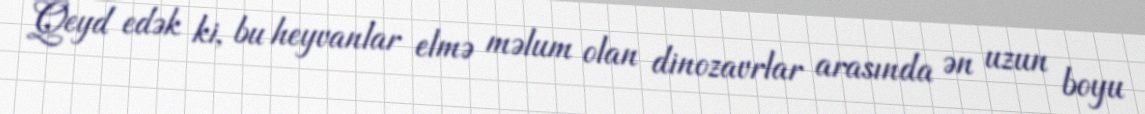
Qeyd edək ki, bu heyvanlar elmə məlum olan dinozavrlar arasında ən uzun boyu